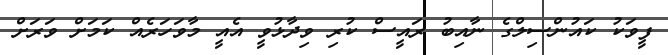
ފީވަކު ކައުންސިލްގެ ނާއިބު ރައީސް ކުރި ވިދާޅުވީ އެއީ މާވަހަރެއް ކަމަށް ވަރަށް